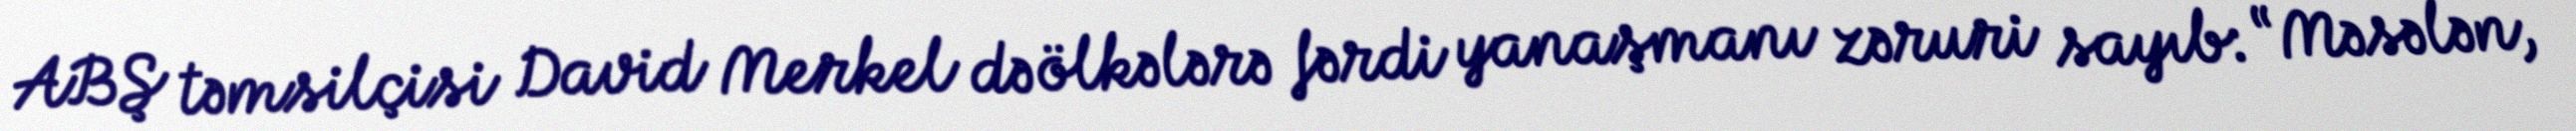
ABŞ təmsilçisi David Merkel də ölkələrə fərdi yanaşmanı zəruri sayıb: “Məsələn,